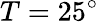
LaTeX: T=25^{\circ}